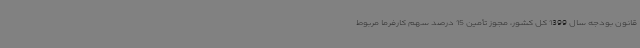
قانون بودجه سال 1399 کل کشور، مجوز تأمین 15 درصد سهم کارفرما مربوط